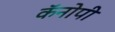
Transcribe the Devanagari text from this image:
कॅनोपी